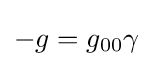
-g=g_{00}\gamma